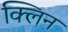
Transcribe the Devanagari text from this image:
क्‍लिन